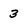
Character: 3